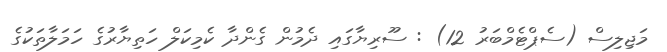
މަޖިލިސް (ސެޕްޓެމްބަރު 12) : ސޫރިޔާގައި ދެމުން ގެންދާ ކެމިކަލް ހަތިޔާރުގެ ހަމަލާތަކުގެ